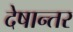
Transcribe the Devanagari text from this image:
देषान्‍तर